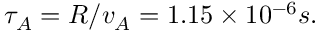
\tau _ { A } = R / v _ { A } = 1 . 1 5 \times 1 0 ^ { - 6 } s .